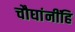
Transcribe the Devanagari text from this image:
चौघांनींहि